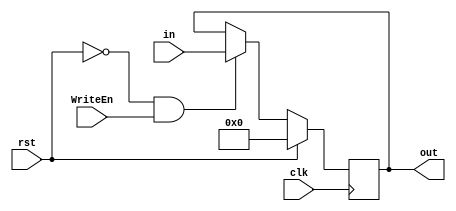
module Link_Register #(parameter W=8) (in,clk,rst,WriteEn,out);
input clk,rst,WriteEn;
input [W-1:0] in;
output reg [W-1:0] out;

always @ (posedge clk) 
begin 
if (rst) 
out <= 0; 
else if (~rst && WriteEn)  
out <= in;
else if (~rst && ~WriteEn)
out <= out; 
end 
endmodule